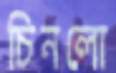
চিনলো